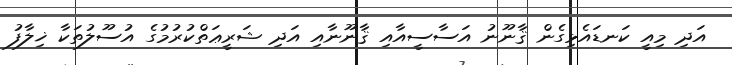
އަދި މިއީ ކަނޑައެޅިގެން ޤާނޫނު އަސާސީއާއި ޤާނޫނާއި އަދި ޝަރީޢަތްކުރުމުގެ އުސޫލުތަކާ ޚިލާފު